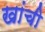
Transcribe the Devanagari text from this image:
खांची